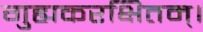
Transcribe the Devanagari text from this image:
गुह्यकरक्षितम्।